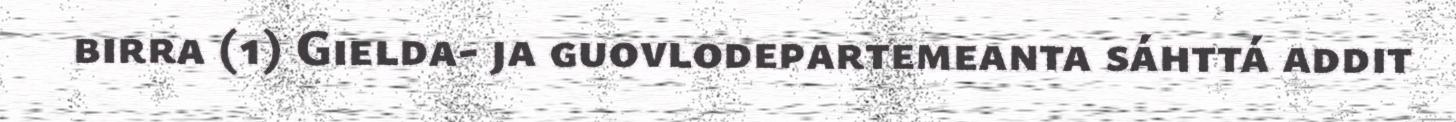
birra (1) Gielda- ja guovlodepartemeanta sáhttá addit